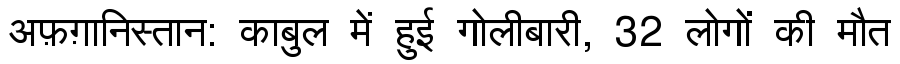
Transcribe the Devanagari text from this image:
अफ़ग़ानिस्तान: काबुल में हुई गोलीबारी, 32 लोगों की मौत